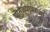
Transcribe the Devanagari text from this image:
पातळ्यांवरच्या